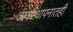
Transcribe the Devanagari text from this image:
व्यवस्थापनातही